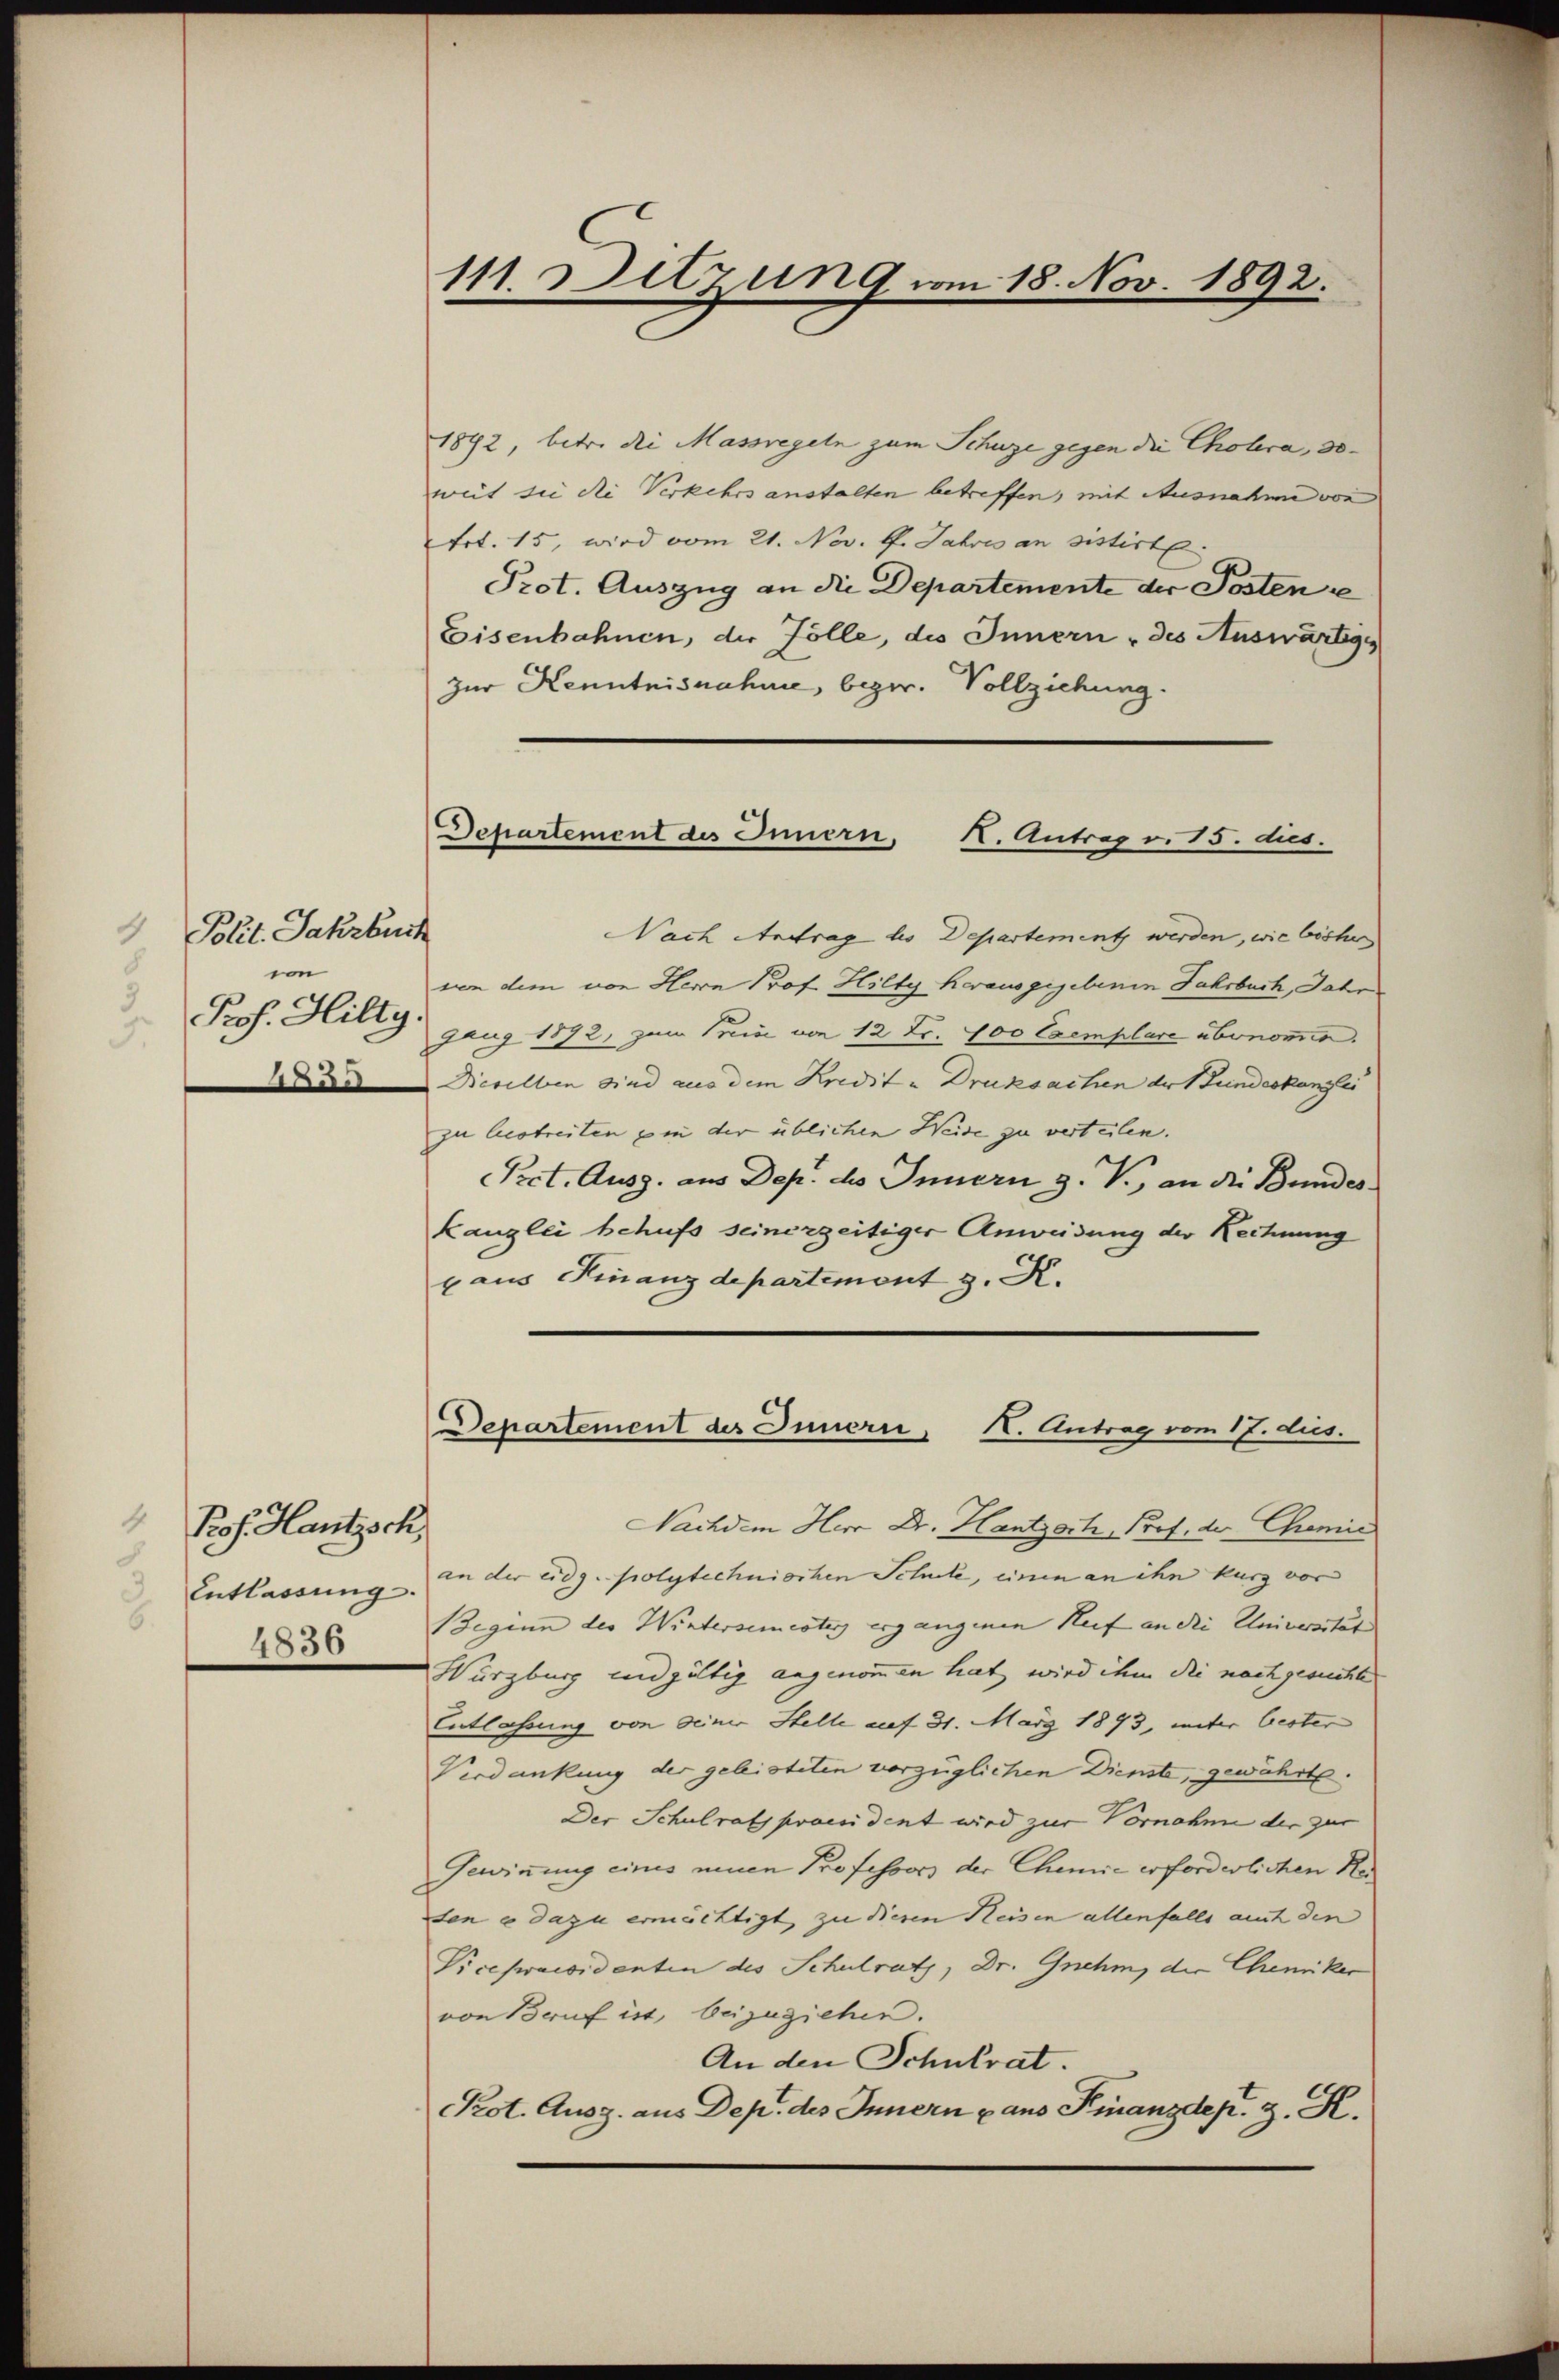
Polit. Jahrbur
8
von
3
Prof. Hilty.
1255

Prof. Hautzsch,
Entlassung.
4836

111. Detzung um 18. Nov. 1892.

Departement des Innern, K. Antrag v. 15. dies.

1872, betr. die Massregeln zum Schuze gegen die Cholera, soweit sie die Verkehrs anstalten betreffen, mit Ausnahme von
Art. 15, wird vom 21. Nov. 1. Jahres an sistirte
Prot. Auszug an die Departemente der Posten e
Eisenbahnen, der Folle, des Innern des Auswärtige
zur Kenntnisnahme, bezw. Vollziehung.
Nach Antrag des Departement werden, wie bisher
von dem von Herrn Prof. Hilty herausgegebenen Jahrbuch, Jahr
Jang 1872, zum Preis von 12 Fr. 100 Exemplare übernomie.
Dieselben sind aus dem Kredit u Druksachen der Stundeskanzlei
zu bestreiten ein der üblichen Weise zu verteilen.
Pret. Ausg. aus Dep. des Innern z. B., an die Bundes.
Kanzlei behufs seinerzeitiger Anweisung der Rechnung
pans Finanzdepartement z. K.
Departement des Innern, K. Antrag vom 17. dus.
Nachdem Herr Dr. Hantzoch Prof. der Chemie
an der eidg. polytechnischen Schule, einen an ihn kurz vor
eginn des Wintersemester ergangenen Ruf an die Universität
Würzburg und gültig angenommen hat, wird ihm die nachgesuchte
Entlassung von seiner Stelle auf 31. März 1893, unter bester
Verdankung der geleisteten vorzüglichen Dienste, gewährt.
Der Schulrats praesident wird zur Vornahme der zur
Gewinnung eines einen Professors der Chemie erforderlichen Herten e dazu ermächtigt, zu diesen Heisen allenfalls auch den
Vicepraesidenten des Schulrath, Dr. Gnehm, die Chemiker
von Bruf ist, beizuziehen.
An den Schulrat.
Kot. Ausg. aus Dep. des Innern aus Finanzdep. z. R.